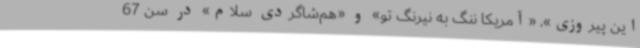
این پیروزی»، «آمریکا ننگ به نیرنگ تو» و «هم‌شاگردی سلام» در سن 67